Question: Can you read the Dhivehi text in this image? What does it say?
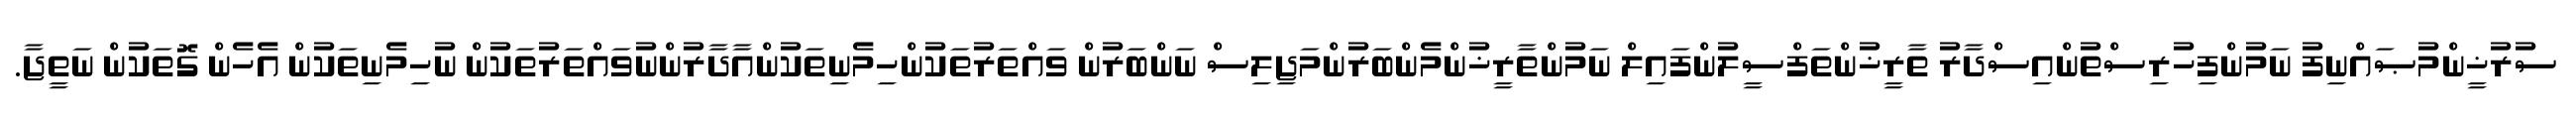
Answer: ސުރުޚީންމުޞައްނިފު ނަމުންފިހުރިސްތުންއިސްދާރު ތާރީޚުންތަފްސީލުންފައިލް ނަމުންތާރީޚުންމެންބަރުންމަޖިލިސް ނަންބަރުން ވައްތަރުތަކުންހިމެނިތަކުންއާދާރުންނުވައްތަރުތަކުން ނުހިމެނިތަކުން އެހެން ގޮތަކުން ނަތީޖާ.